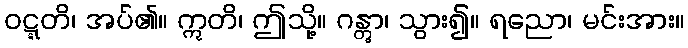
ဝဋ္ဋတိ၊ အပ်၏။ ဣတိ၊ ဤသို့။ ဂန္တွာ၊ သွား၍။ ရညော၊ မင်းအား။